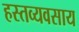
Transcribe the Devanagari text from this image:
हस्तव्यवसाय